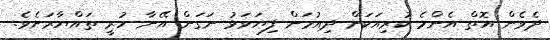
ދެވެން އޮތް އެންމެ ކުރިއަކަށް ދިއުމަށް ފިޔަވަޅު ނަގަން އޭނާ ހުރީ ތައްޔާރަށެވެ.